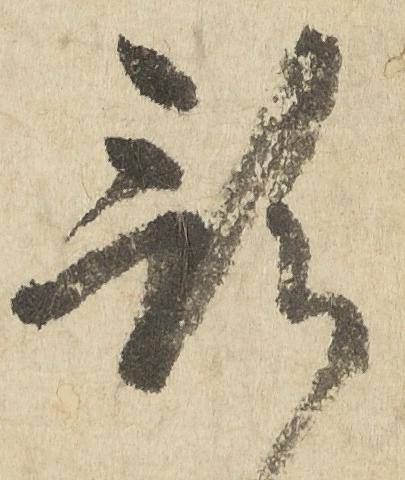
預